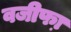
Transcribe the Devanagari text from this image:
वजीफा़